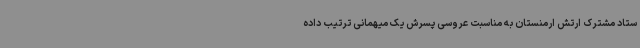
ستاد مشترک ارتش ارمنستان به مناسبت عروسی پسرش یک میهمانی ترتیب داده